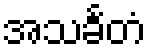
အသင်္ခတံ